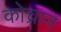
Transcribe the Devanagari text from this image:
कोच्रान